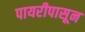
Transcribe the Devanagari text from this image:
पायरीपासून